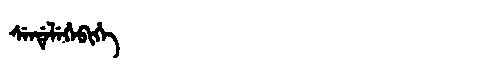
Manchu: ᠰᡝᠨᡩᡝᠯᡝᡥᡝᠪᡳᡥᡝ
Romanization: SENDELEHEBIHE